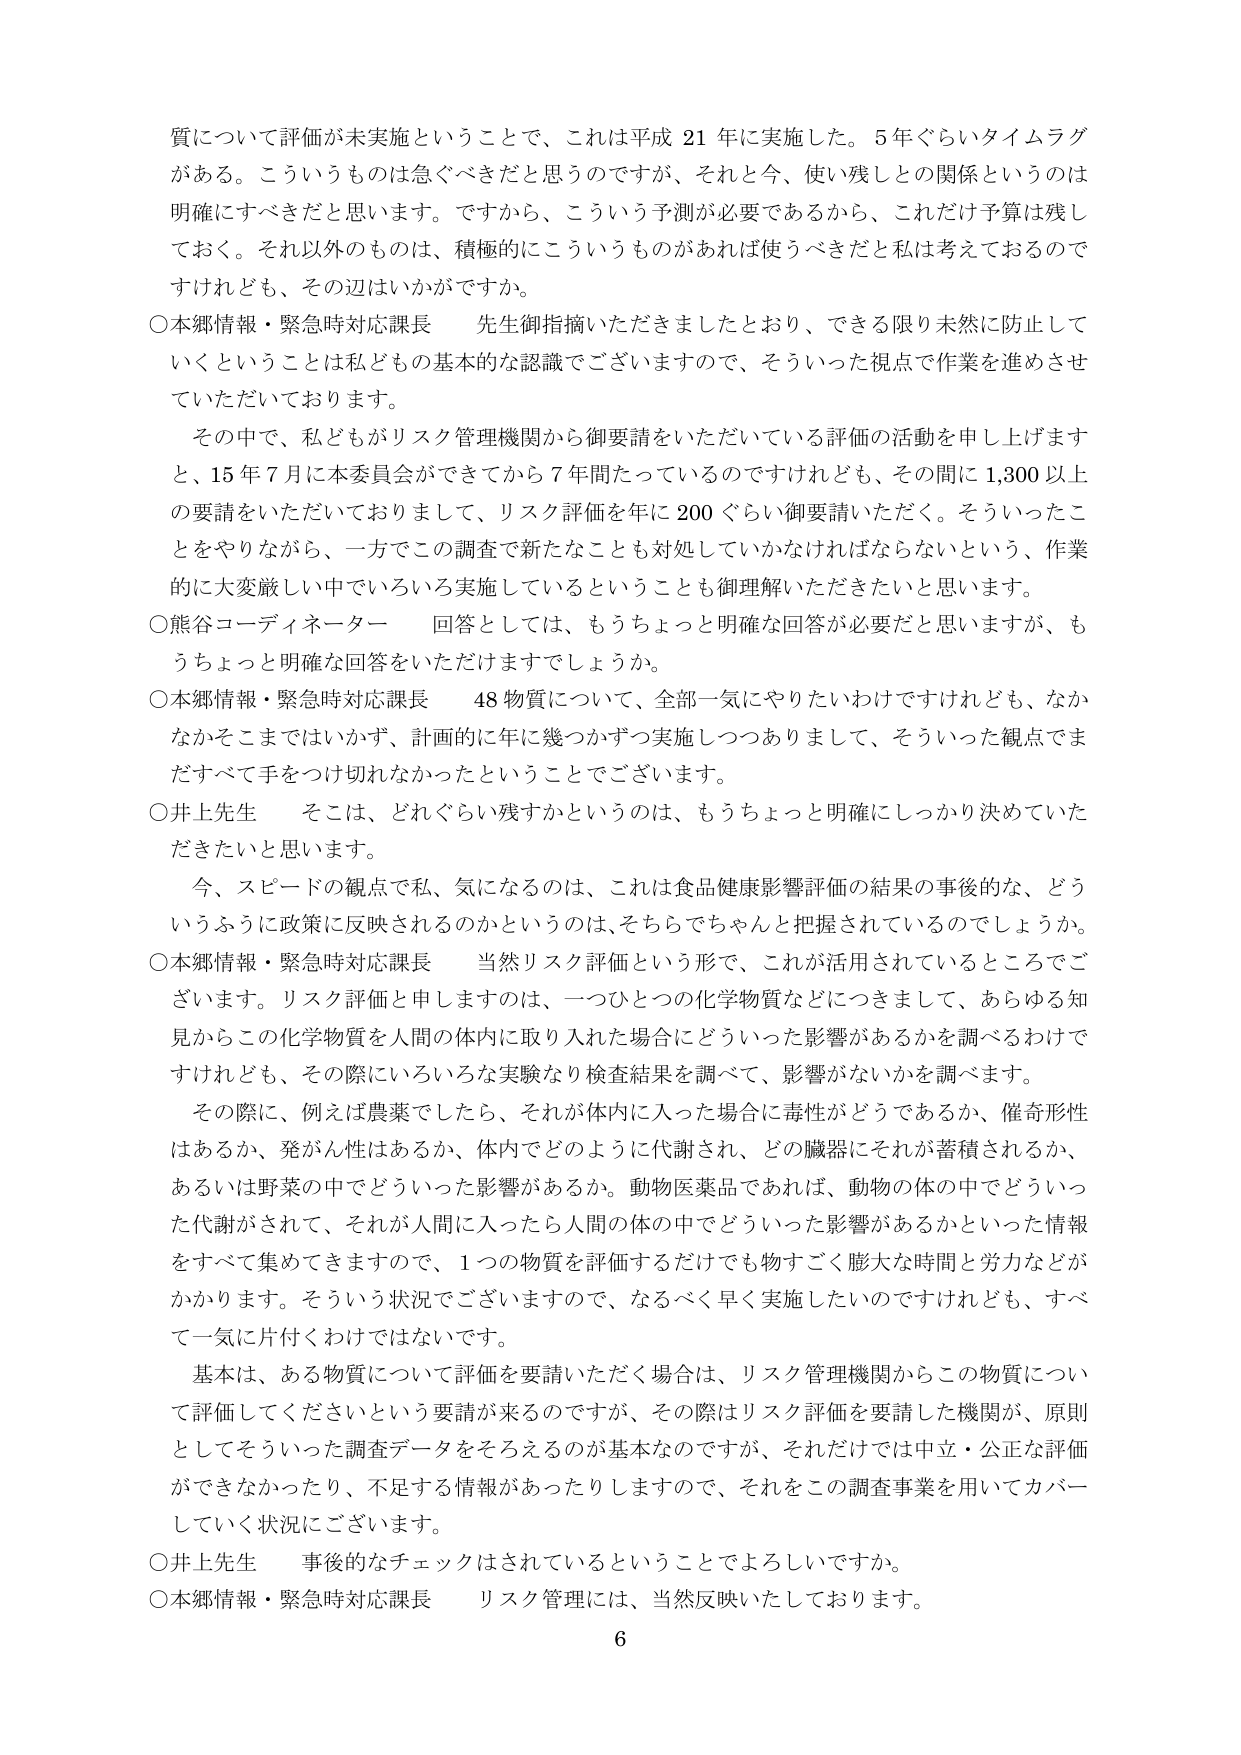
質について評価が未実施ということで、これは平成 21 年に実施した。5 年ぐらいタイムラグがある。こういうものは急ぐべきだと思うのですが、それと今、使い残しとの関係というのは明確にすべきだと思います。ですから、こういう予測が必要であるから、これだけ予算は残しておく。それ以外のものは、積極的にこういうものがあれば使うべきだと私は考えておるので すけれども、その辺はいかがですか。

○本郷情報・緊急時対応課長　先生御指摘いただきましたとおり、できる限り未然に防止していくということは私どもの基本的な認識でございますので、そういった視点で作業を進めさせていただいております。

　その中で、私どもがリスク管理機関から御要請をいただいている評価の活動を申し上げますと、15 年 7 月に本委員会ができてから 7 年間たっているのですけれども、その間に 1,300 以上 の要請をいただいておりまして、リスク評価を年に 200 ぐらい御要請いただく。そういったことをやりながら、一方でこの調査で新たなことも対処していかなければならないという、作業的に大変厳しい中でいろいろ実施しているということを御理解いただきたいと思います。

○熊谷コーディネーター　回答としては、もうちょっと明確な回答が必要だと思いますが、もうちょっと明確な回答をいただけますでしょうか。

○本郷情報・緊急時対応課長　48 物質について、全部一気にやりたいわけですけれども、なかなかそこまではいかず、計画的に年に幾つかずつ実施しつつありまして、そういった観点でまだすべて手をつけ切れなかったということでございます。

○井上先生　そこは、どれぐらい残すかというのは、もうちょっと明確にしっかり決めていただきたいと思います。

　今、スピードの観点で私、気になるのは、これは食品健康影響評価の結果の事後的な、どういうふうに政策に反映されるのかというのは、そちらでちゃんと把握されているのでしょうか。

○本郷情報・緊急時対応課長　当然リスク評価という形で、これが活用されているところでございます。リスク評価と申しますのは、一つひとつの化学物質などにつきまして、あらゆる知見からこの化学物質を人間の体内に取り入れた場合にどういった影響があるかを調べるわけですがけれども、その際にいろいろな実験なり検査結果を調べて、影響がないかを調べます。

　その際に、例えば農薬でしたら、それが体内に入った場合に毒性がどうであるか、催奇形性はあるか、発がん性はあるか、体内でどのように代謝され、どの臓器にそれが蓄積されるか、あるいは野菜の中でどういった影響があるか。動物医薬品であれば、動物の体の中でどういった代謝がされて、それが人間に入ったら人間の体の中でどういった影響があるかといった情報をすべて集めてきますので、1 つの物質を評価するだけでも物すごく膨大な時間と労力などがかかります。そういう状況でございますので、なるべく早く実施したいのですけれども、すべて一気に片付くわけではありません。

　基本は、ある物質について評価を要請いただく場合は、リスク管理機関からこの物質について評価してくださいという要請が来るのでですが、その際はリスク評価を要請した機関が、原則としてそういった調査データをそろえるのが基本なのですが、それだけでは中立・公正な評価ができなかったり、不足する情報があったりしますので、それをこの調査事業を用いてカバーしていく状況にございます。

○井上先生　事後的なチェックはされているということでよろしいですか。

○本郷情報・緊急時対応課長　リスク管理には、当然反映いたしております。

6